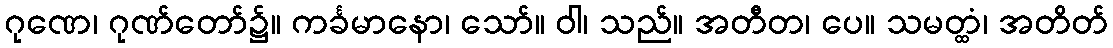
ဂုဏေ၊ ဂုဏ်တော်၌။ ကင်္ခမာနော၊ သော်။ ဝါ၊ သည်။ အတီတ၊ ပေ။ သမတ္ထံ၊ အတိတ်